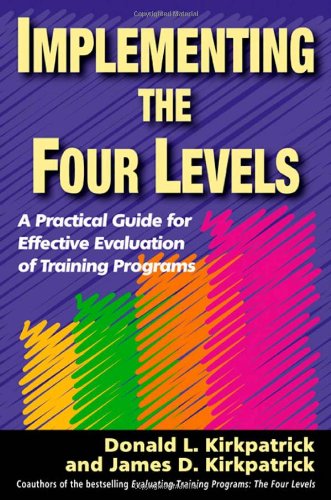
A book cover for Implementing the Four Levels: A Practical Guide for Effective Evaluation of Training Programs; Donald L Kirkpatrick; Business & Money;